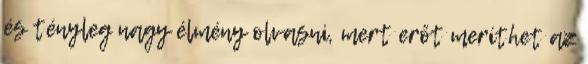
és tényleg nagy élmény olvasni, mert erőt meríthet az